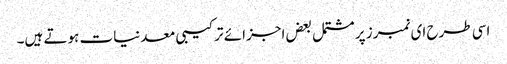
اسی طرح ای نمبرز پر مشتمل بعض اجزائے ترکیبی معدنیات ہوتے ہیں۔